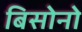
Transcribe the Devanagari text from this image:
बिसोनो